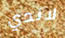
لاندي